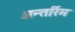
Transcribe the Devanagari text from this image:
अन्तर्रिम